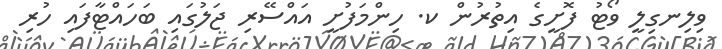
ވިލިނގިލީ ވޯޓު ފޮށީގެ އިތުރުން ކ. ހިންމަފުށީ އައްސޭރި ޖަލުގައި ބަހައްޓާފައި ހުރި